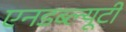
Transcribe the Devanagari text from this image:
एनडब्ल्यूटी